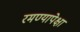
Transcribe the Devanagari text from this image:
रमण्यापेक्षा